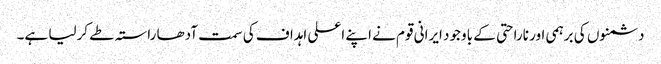
دشمنوں کی برہمی اور ناراحتی کے باوجود ایرانی قوم نے اپنے اعلی اہداف کی سمت آدھا راستہ طے کرلیا ہے۔